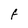
Character: F